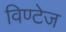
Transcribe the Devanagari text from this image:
विण्टेज